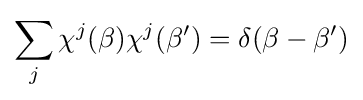
\sum _{j}\chi ^{j}(\beta )\chi ^{j}(\beta ')=\delta (\beta -\beta ')